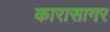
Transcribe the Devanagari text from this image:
कारासागर